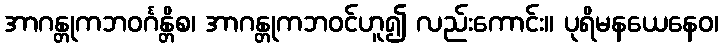
အာဂန္တုကဘဝင်္ဂန္တိစ၊ အာဂန္တုကဘဝင်ဟူ၍ လည်းကောင်း။ ပုရိမနယေနေဝ၊